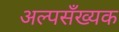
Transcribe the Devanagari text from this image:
अल्पसँख्यक